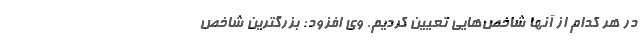
در هر کدام از آنها شاخص‌هایی تعیین کردیم. وی افزود: بزرگترین شاخص